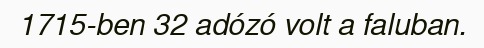
1715-ben 32 adózó volt a faluban.